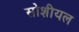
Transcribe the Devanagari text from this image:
सोशीयल